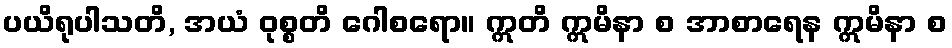
ပယိရုပါသတိ, အယံ ဝုစ္စတိ ဂေါစရော။ ဣတိ ဣမိနာ စ အာစာရေန ဣမိနာ စ